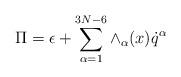
LaTeX: \begin{align*}\Pi = \epsilon + \sum_{\alpha=1}^{3N-6}\wedge_{\alpha}(x)\dot{q}^{\alpha}\end{align*}